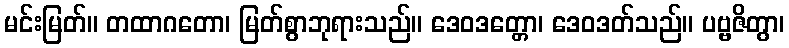
မင်းမြတ်။ တထာဂတော၊ မြတ်စွာဘုရားသည်။ ဒေဝဒတ္တော၊ ဒေဝဒတ်သည်။ ပဗ္ဗဇိတွာ၊